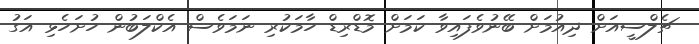
ޗެލްސީއަށް ދިއުމަށް ބޭނުވެފައިވާ ކަމަށް މޮޑްރިޑް ހާމަކުރި ނަމަވެސް އެކްލަބުން ހުށަހެޅި އަގު